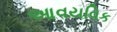
આવયવિક